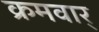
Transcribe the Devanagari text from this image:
क्रमवार्